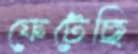
ফেটেছি